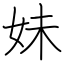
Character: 妹